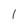
Character: 1